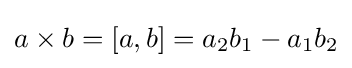
a\times b=[a,b]=a_{2}b_{1}-a_{1}b_{2}